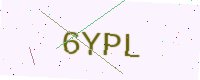
Text: 6YPL